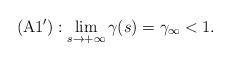
LaTeX: \begin{align*}\mathrm{(A1')}:\lim\limits_{s\rightarrow+\infty}\gamma(s)=\gamma_\infty<1.\end{align*}